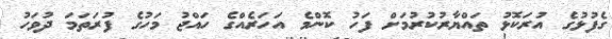
ގެފުޅުގެ އުރަކޮޅު ތައްޔާރުކުރުމަށް ފަހު ކޮންމެ އަހަރެއްގެ ހައްޖު މަހުގެ ފުރަތަމަ ދުވަހު